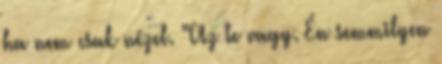
ha nem csak nézel. "Az te vagy. Én semmilyen